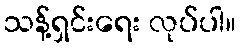
သန့်ရှင်းရေး လုပ်ပါ။